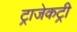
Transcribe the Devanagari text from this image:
ट्राजेकट्री